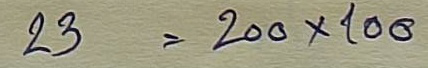
23 = 200x100